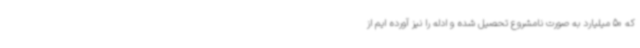
که 50 میلیارد به صورت نامشروع تحصیل شده و ادله را نیز آورده ایم از